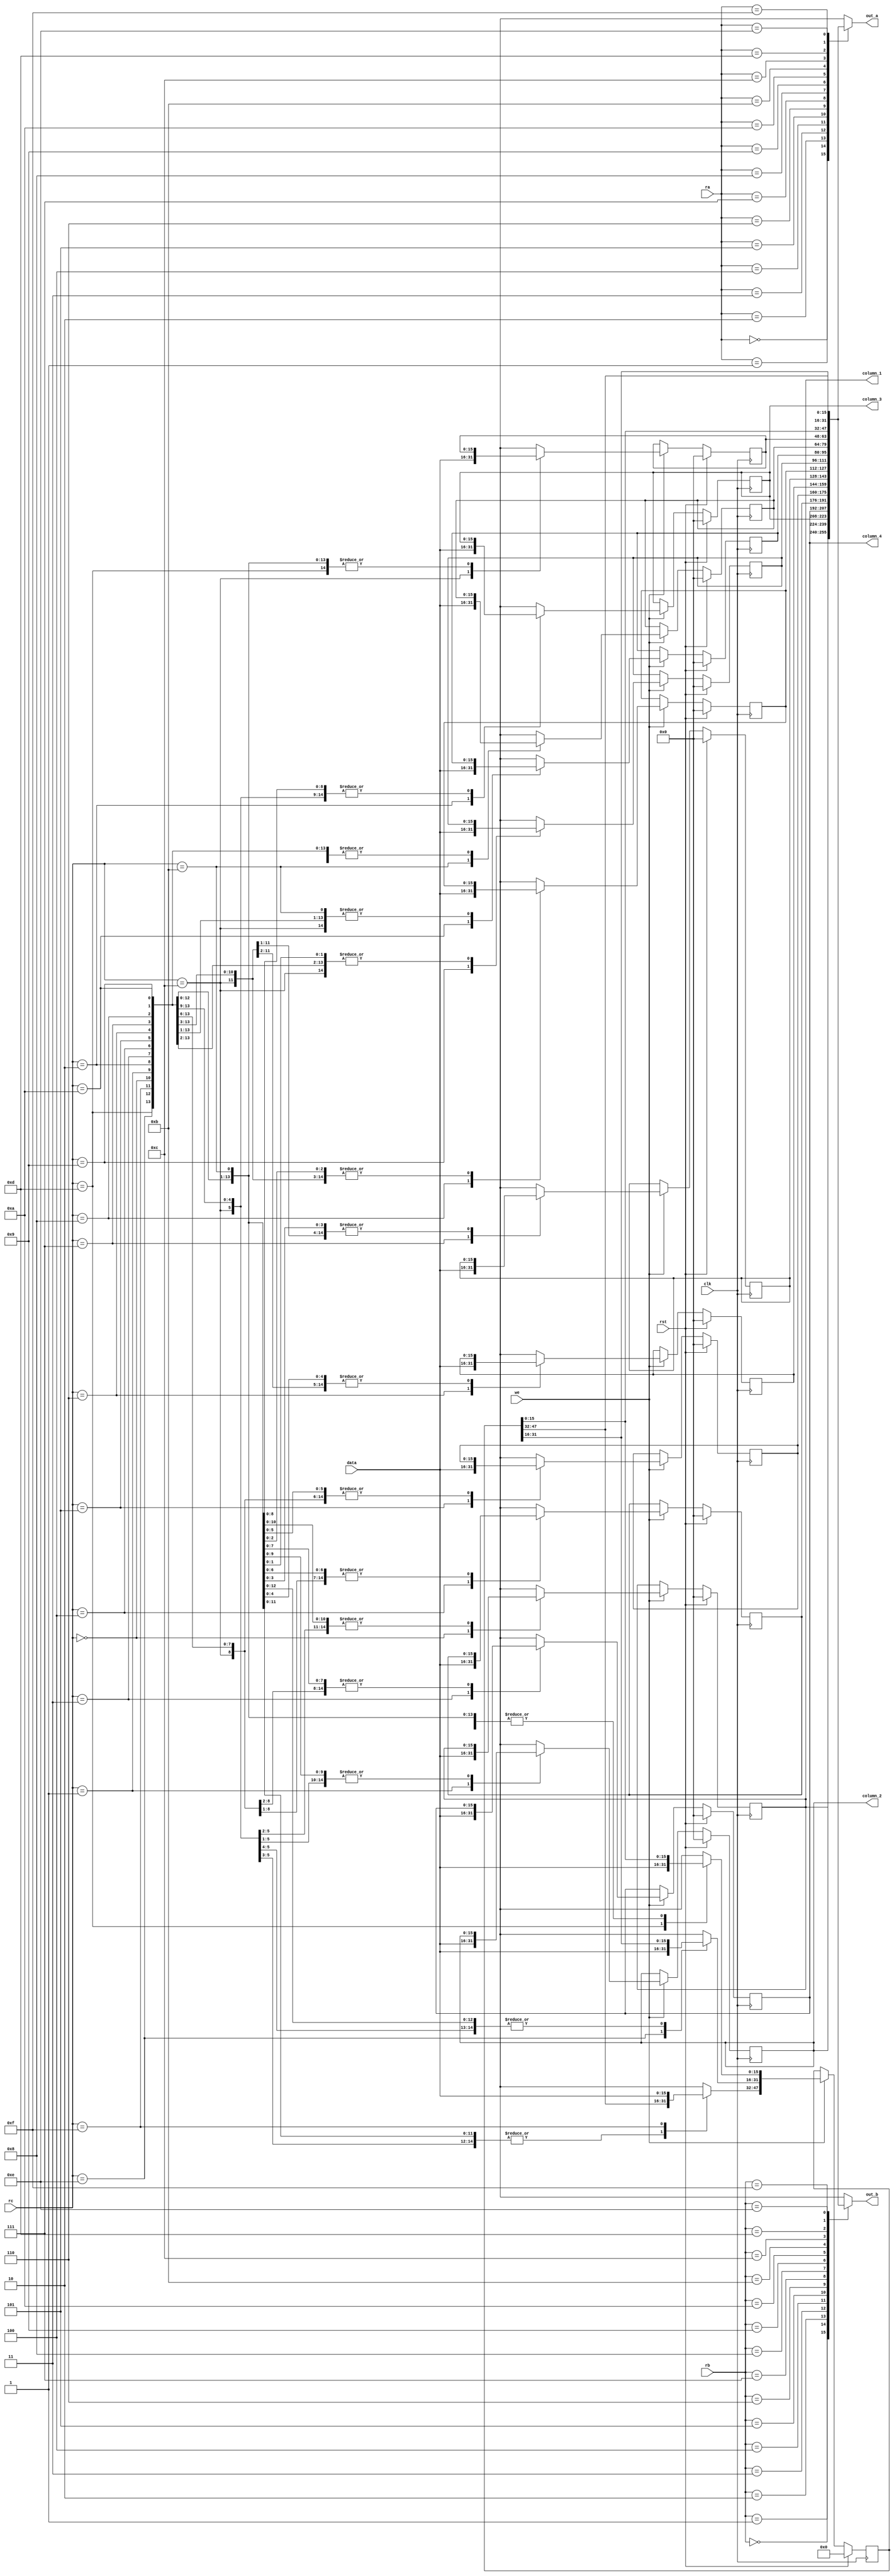
/*
   This file was generated automatically by Alchitry Labs version 1.2.7.
   Do not edit this file directly. Instead edit the original Lucid source.
   This is a temporary file and any changes made to it will be destroyed.
*/

module regfile_17 (
    input clk,
    input rst,
    input [3:0] ra,
    input [3:0] rb,
    input [3:0] rc,
    input we,
    input [15:0] data,
    output reg [15:0] out_a,
    output reg [15:0] out_b,
    output reg [15:0] column_1,
    output reg [15:0] column_2,
    output reg [15:0] column_3,
    output reg [15:0] column_4
  );
  
  
  
  reg [15:0] M_col0_d, M_col0_q = 1'h0;
  reg [15:0] M_col1_d, M_col1_q = 1'h0;
  reg [15:0] M_col2_d, M_col2_q = 1'h0;
  reg [15:0] M_col3_d, M_col3_q = 1'h0;
  reg [15:0] M_blank_d, M_blank_q = 1'h0;
  reg [15:0] M_combo_d, M_combo_q = 1'h0;
  reg [15:0] M_score_d, M_score_q = 1'h0;
  reg [15:0] M_counter_d, M_counter_q = 1'h0;
  reg [15:0] M_total_notes_d, M_total_notes_q = 1'h0;
  reg [15:0] M_most_sigbits_d, M_most_sigbits_q = 1'h0;
  reg [15:0] M_selected_col_d, M_selected_col_q = 1'h0;
  reg [15:0] M_selected_col_address_d, M_selected_col_address_q = 1'h0;
  reg [15:0] M_add_score_d, M_add_score_q = 1'h0;
  reg [47:0] M_reg_temp_d, M_reg_temp_q = 1'h0;
  
  always @* begin
    M_blank_d = M_blank_q;
    M_add_score_d = M_add_score_q;
    M_combo_d = M_combo_q;
    M_selected_col_address_d = M_selected_col_address_q;
    M_counter_d = M_counter_q;
    M_total_notes_d = M_total_notes_q;
    M_selected_col_d = M_selected_col_q;
    M_reg_temp_d = M_reg_temp_q;
    M_score_d = M_score_q;
    M_most_sigbits_d = M_most_sigbits_q;
    M_col2_d = M_col2_q;
    M_col3_d = M_col3_q;
    M_col0_d = M_col0_q;
    M_col1_d = M_col1_q;
    
    if (we) begin
      
      case (rc)
        4'h0: begin
          M_col0_d = data;
        end
        4'h1: begin
          M_col1_d = data;
        end
        4'h2: begin
          M_col2_d = data;
        end
        4'h3: begin
          M_col3_d = data;
        end
        4'h4: begin
          M_blank_d = data;
        end
        4'h5: begin
          M_combo_d = data;
        end
        4'h6: begin
          M_score_d = data;
        end
        4'h7: begin
          M_counter_d = data;
        end
        4'h8: begin
          M_total_notes_d = data;
        end
        4'h9: begin
          M_most_sigbits_d = data;
        end
        4'ha: begin
          M_selected_col_d = data;
        end
        4'hb: begin
          M_selected_col_address_d = data;
        end
        4'hc: begin
          M_add_score_d = data;
        end
        4'hd: begin
          M_reg_temp_d[0+15-:16] = data;
        end
        4'he: begin
          M_reg_temp_d[16+15-:16] = data;
        end
        4'hf: begin
          M_reg_temp_d[32+15-:16] = data;
        end
      endcase
    end
    
    case (ra)
      4'h0: begin
        out_a = M_col0_q;
      end
      4'h1: begin
        out_a = M_col1_q;
      end
      4'h2: begin
        out_a = M_col2_q;
      end
      4'h3: begin
        out_a = M_col3_q;
      end
      4'h4: begin
        out_a = M_blank_q;
      end
      4'h5: begin
        out_a = M_combo_q;
      end
      4'h6: begin
        out_a = M_score_q;
      end
      4'h7: begin
        out_a = M_counter_q;
      end
      4'h8: begin
        out_a = M_total_notes_q;
      end
      4'h9: begin
        out_a = M_most_sigbits_q;
      end
      4'ha: begin
        out_a = M_selected_col_q;
      end
      4'hb: begin
        out_a = M_selected_col_address_q;
      end
      4'hc: begin
        out_a = M_add_score_q;
      end
      4'hd: begin
        out_a = M_reg_temp_q[0+15-:16];
      end
      4'he: begin
        out_a = M_reg_temp_q[16+15-:16];
      end
      4'hf: begin
        out_a = M_reg_temp_q[32+15-:16];
      end
      default: begin
        out_a = 1'h0;
      end
    endcase
    
    case (rb)
      4'h0: begin
        out_b = M_col0_q;
      end
      4'h1: begin
        out_b = M_col1_q;
      end
      4'h2: begin
        out_b = M_col2_q;
      end
      4'h3: begin
        out_b = M_col3_q;
      end
      4'h4: begin
        out_b = M_blank_q;
      end
      4'h5: begin
        out_b = M_combo_q;
      end
      4'h6: begin
        out_b = M_score_q;
      end
      4'h7: begin
        out_b = M_counter_q;
      end
      4'h8: begin
        out_b = M_total_notes_q;
      end
      4'h9: begin
        out_b = M_most_sigbits_q;
      end
      4'ha: begin
        out_b = M_selected_col_q;
      end
      4'hb: begin
        out_b = M_selected_col_address_q;
      end
      4'hc: begin
        out_b = M_add_score_q;
      end
      4'hd: begin
        out_b = M_reg_temp_q[0+15-:16];
      end
      4'he: begin
        out_b = M_reg_temp_q[16+15-:16];
      end
      4'hf: begin
        out_b = M_reg_temp_q[32+15-:16];
      end
      default: begin
        out_b = 1'h0;
      end
    endcase
    column_1 = M_col0_q;
    column_2 = M_col1_q;
    column_3 = M_col2_q;
    column_4 = M_col3_q;
  end
  
  always @(posedge clk) begin
    if (rst == 1'b1) begin
      M_col0_q <= 1'h0;
      M_col1_q <= 1'h0;
      M_col2_q <= 1'h0;
      M_col3_q <= 1'h0;
      M_blank_q <= 1'h0;
      M_combo_q <= 1'h0;
      M_score_q <= 1'h0;
      M_counter_q <= 1'h0;
      M_total_notes_q <= 1'h0;
      M_most_sigbits_q <= 1'h0;
      M_selected_col_q <= 1'h0;
      M_selected_col_address_q <= 1'h0;
      M_add_score_q <= 1'h0;
      M_reg_temp_q <= 1'h0;
    end else begin
      M_col0_q <= M_col0_d;
      M_col1_q <= M_col1_d;
      M_col2_q <= M_col2_d;
      M_col3_q <= M_col3_d;
      M_blank_q <= M_blank_d;
      M_combo_q <= M_combo_d;
      M_score_q <= M_score_d;
      M_counter_q <= M_counter_d;
      M_total_notes_q <= M_total_notes_d;
      M_most_sigbits_q <= M_most_sigbits_d;
      M_selected_col_q <= M_selected_col_d;
      M_selected_col_address_q <= M_selected_col_address_d;
      M_add_score_q <= M_add_score_d;
      M_reg_temp_q <= M_reg_temp_d;
    end
  end
  
endmodule